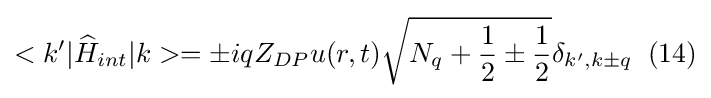
<k'|{\widehat {H}}_{int}|k>=\pm iqZ_{DP}u(r,t){\sqrt {N_{q}+{\frac {1}{2}}\pm {\frac {1}{2}}}}\delta _{k',k\pm q}\;\;(14)